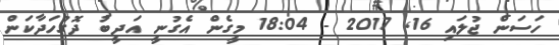
ހަސަން ޖުލައި 16